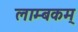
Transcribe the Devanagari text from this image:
लाम्बकम्